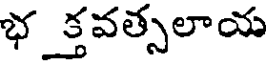
భక్తవత్సలాయ